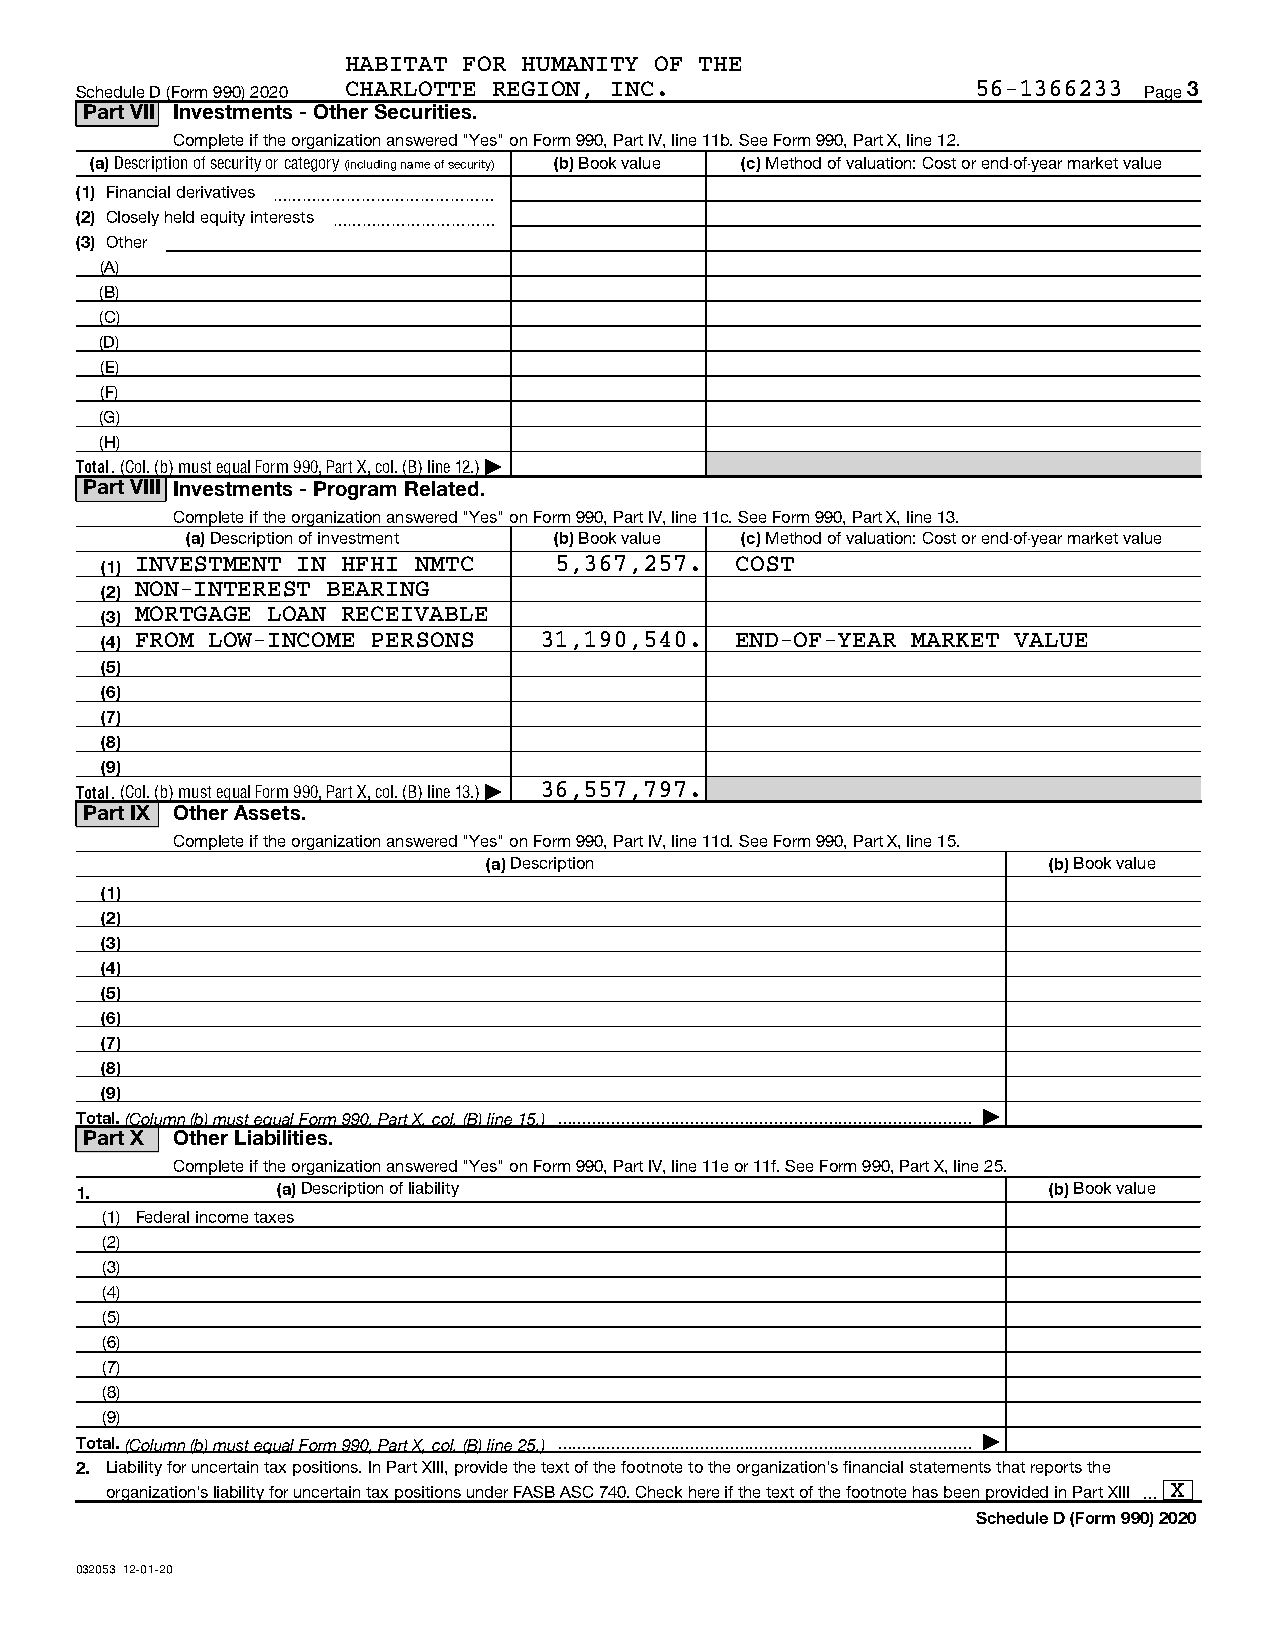
HABITAT FOR HUMANITY OF THE
 Schedule D (Form 990) 2020 CHARLOTTE REGION, INC.           56-1366233 Page 3
 Part VII Investments - Other Securities.
 Complete if the organization answered "Yes" on Form 990, Part IV, line 11b. See Form 990, Part X, line 12.
 (a) Description of security or category (including name of security) (b) Book value (c) Method of valuation: Cost or end-of-year market value
 (1) Financial derivatives ~~~~~~~~~~~~~~~
 (2) Closely held equity interests ~~~~~~~~~~~
 (3) Other
 (A)
 (B)
 (C)
 (D)
 (E)
 (F)
 (G)
 (H)
 Total. (Col. (b) must equal Form 990, Part X, col. (B) line 12.) |
 Part VIII Investments - Program Related.
 Complete if the organization answered "Yes" on Form 990, Part IV, line 11c. See Form 990, Part X, line 13.
 (a) Description of investment (b) Book value (c) Method of valuation: Cost or end-of-year market value
 (1) INVESTMENT IN HFHI NMTC   5,367,257.  COST
 (2) NON-INTEREST BEARING
 (3) MORTGAGE LOAN RECEIVABLE
 (4) FROM LOW-INCOME PERSONS  31,190,540.  END-OF-YEAR MARKET VALUE
 (5)
 (6)
 (7)
 (8)
 (9)
 Total. (Col. (b) must equal Form 990, Part X, col. (B) line 13.) | 36,557,797.
 Part IX Other Assets.
 Complete if the organization answered "Yes" on Form 990, Part IV, line 11d. See Form 990, Part X, line 15.
 (a) Description                      (b) Book value
 (1)
 (2)
 (3)
 (4)
 (5)
 (6)
 (7)
 (8)
 (9)
 Total. (Column (b) must equal Form 990, Part X, col. (B) line 15.)  |
 Part X Other Liabilities.
 Complete if the organization answered "Yes" on Form 990, Part IV, line 11e or 11f. See Form 990, Part X, line 25.
 1.           (a) Description of liability                       (b) Book value
 (1) Federal income taxes
 (2)
 (3)
 (4)
 (5)
 (6)
 (7)
 (8)
 (9)
 Total. (Column (b) must equal Form 990, Part X, col. (B) line 25.)  |
 2. Liability for uncertain tax positions. In Part XIII, provide the text of the footnote to the organization's financial statements that reports the
 organization's liability for uncertain tax positions under FASB ASC 740. Check here if the text of the footnote has been provided in Part XIII  X
 Schedule D (Form 990) 2020
 032053 12-01-20